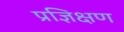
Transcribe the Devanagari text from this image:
प्रज्ञिक्षण